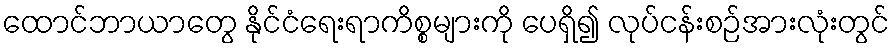
ထောင်ဘာယာတွေ နိုင်ငံရေးရာကိစ္စများကို ပေရှိ၍ လုပ်ငန်းစဉ်အားလုံးတွင်